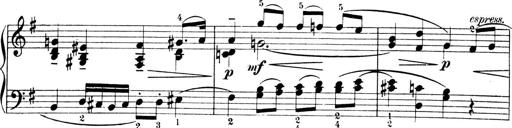
Title: 4 Sonatines
Composer: Max Reger